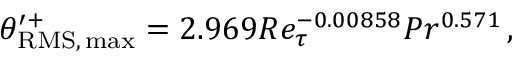
\theta _ { \mathrm { R M S , \, m a x } } ^ { \prime + } = 2 . 9 6 9 R e _ { \tau } ^ { - 0 . 0 0 8 5 8 } P r ^ { 0 . 5 7 1 } \, ,